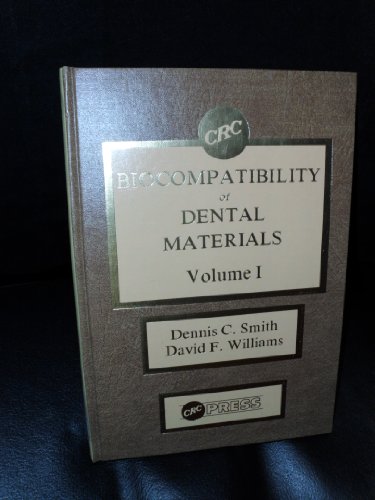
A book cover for Biocompatibility of Dental Mtls Vol 1; Dennis C. Smith; Medical Books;